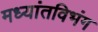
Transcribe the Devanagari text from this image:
मध्यांतविभंग